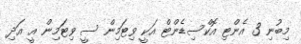
މިބުނި 3 އެންޓި އޮކްސިޑެންޓް އަކީ ވިޓަމިން ސީ ވިޓަމިން އީ އަދި